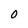
Character: 0